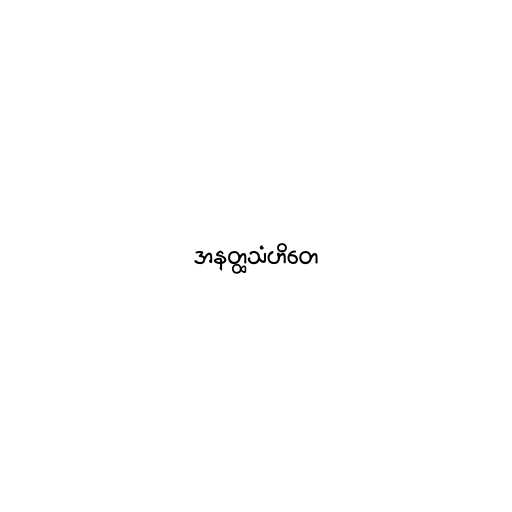
အနတ္ထသံဟိတေ